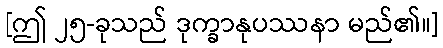
[ဤ ၂၅-ခုသည် ဒုက္ခာနုပဿနာ မည်၏။]